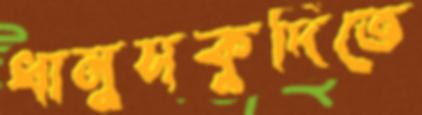
ধানুসকুদিতে